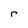
Character: r